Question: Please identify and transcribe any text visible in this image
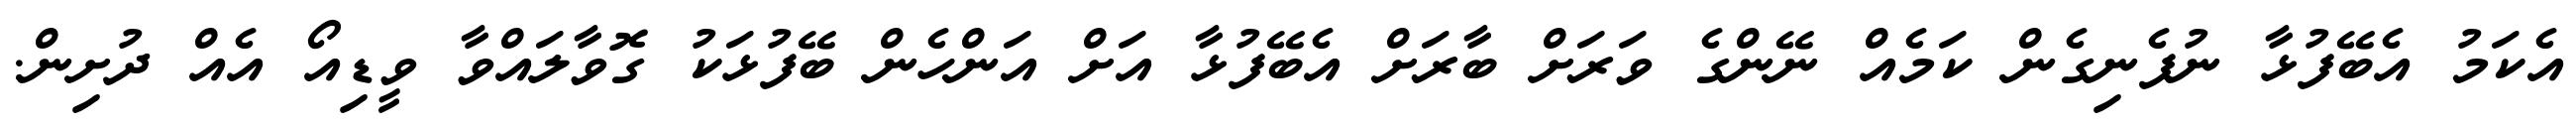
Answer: އެކަމު އެބޭފުޅާ ނުފެނިގެން ކަމެއް ނޭންގެ ވަރަށް ބާރަށް އެބޭފުޅާ އަށް އަންހެން ބޭފުޅަކު ގޮވާލައްވާ ވީޑިއޯ އެއް ދުށިން.